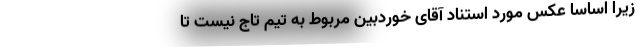
زیرا اساساً عکس مورد استناد آقای خورد‌بین مربوط به تیم تاج نیست تا